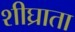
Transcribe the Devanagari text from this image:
शीघ्राता